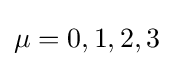
\mu =0,1,2,3